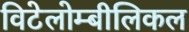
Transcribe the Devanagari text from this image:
विटेलोम्बीलिकल